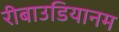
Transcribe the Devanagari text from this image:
रीबाउडियानम